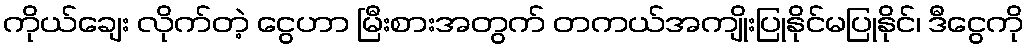
ကိုယ်ချေး လိုက်တဲ့ ငွေဟာ မြီးစားအတွက် တကယ်အကျိုးပြုနိုင်မပြုနိုင်၊ ဒီငွေကို